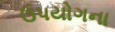
ઉપયોગના